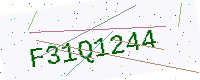
Text: F31Q1244